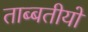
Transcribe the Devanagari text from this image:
ताब्बतीयों